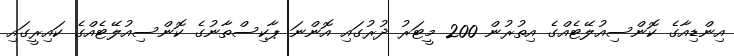
އިންޑިއާގެ ކޮންސިއުލޭޓެއްގެ އިތުރުން 200 މީޓަރު ދުރުގައި އޮންނަ ޕާކިސްތާނުގެ ކޮންސިއުލޭޓެއްގެ ކައިރީގައި